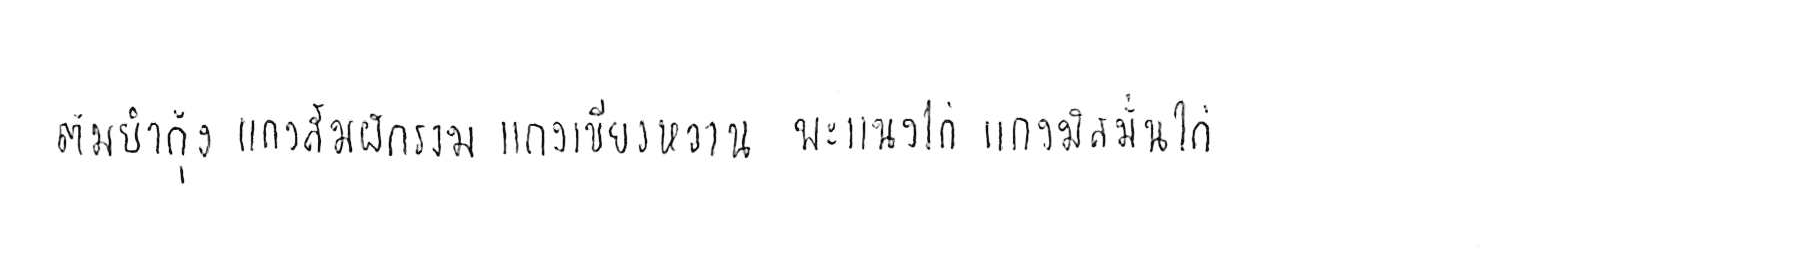
ต้มยำกุ้ง แกงส้มผักรวม แกงเขียวหวาน พะแนงไก่ แกงมัสมั่นไก่